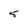
Character: 5